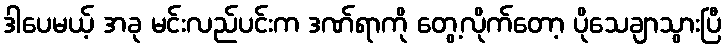
ဒါပေမယ့် အခု မင်းလည်ပင်းက ဒဏ်ရာကို တွေ့လိုက်တော့ ပိုသေချာသွားပြီ